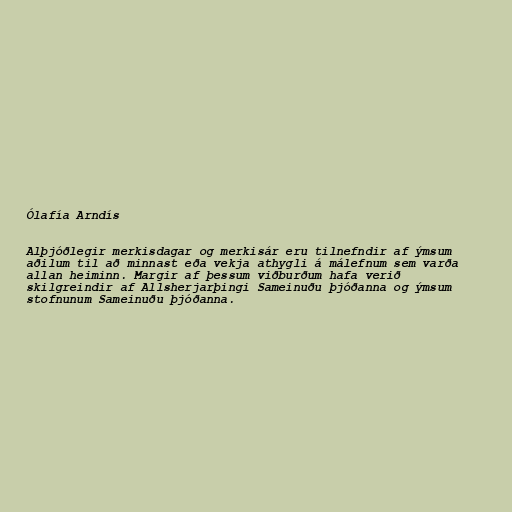
Ólafía Arndís

Alþjóðlegir merkisdagar og merkisár eru tilnefndir af ýmsum
aðilum til að minnast eða vekja athygli á málefnum sem varða
allan heiminn. Margir af þessum viðburðum hafa verið
skilgreindir af Allsherjarþingi Sameinuðu þjóðanna og ýmsum
stofnunum Sameinuðu þjóðanna.